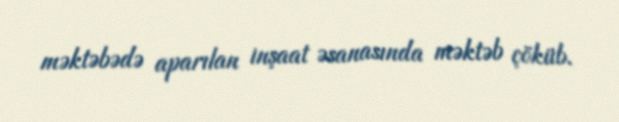
məktəbədə aparılan inşaat əsanasında məktəb çöküb.